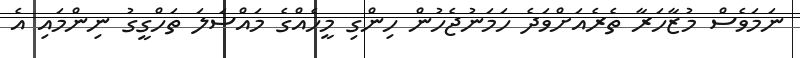
ނަމަވެސް މުޒާހަރާ ތެރެއަށްވަދެ ހަމަނުޖެހުން ހިންގި މީހެއްގެ މައްސަލަ ތަހްގީގު ނިންމައި އެ